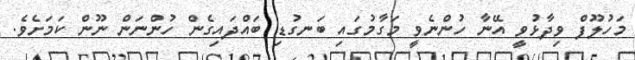
މަހުލޫފް ވިދާޅުވީ އޭނާ ހުންނެވީ މަގާމުގައި ބަނގުޑި ބައްދައިގެން ހުންނަން ނޫން ކަމަށެވެ.